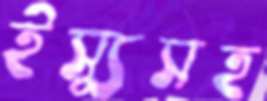
ইস্যুসহ